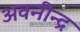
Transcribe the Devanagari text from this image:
अवनीन्द्र